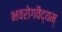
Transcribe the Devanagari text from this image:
भवरोगवैद्यम्